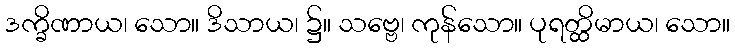
ဒက္ခိဏာယ၊ သော။ ဒိသာယ၊ ၌။ သဗ္ဗေ၊ ကုန်သော။ ပုရတ္ထိမာယ၊ သော။